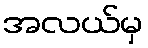
အလယ်မှ